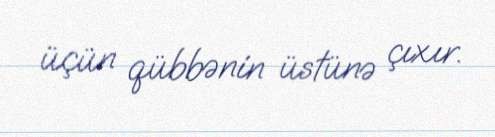
üçün qübbənin üstünə çıxır.